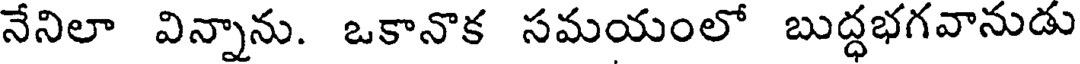
నేనిలా విన్నాను. ఒకానొక సమయంలో బుద్ధభగవానుడు